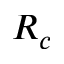
R _ { c }